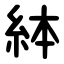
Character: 絊